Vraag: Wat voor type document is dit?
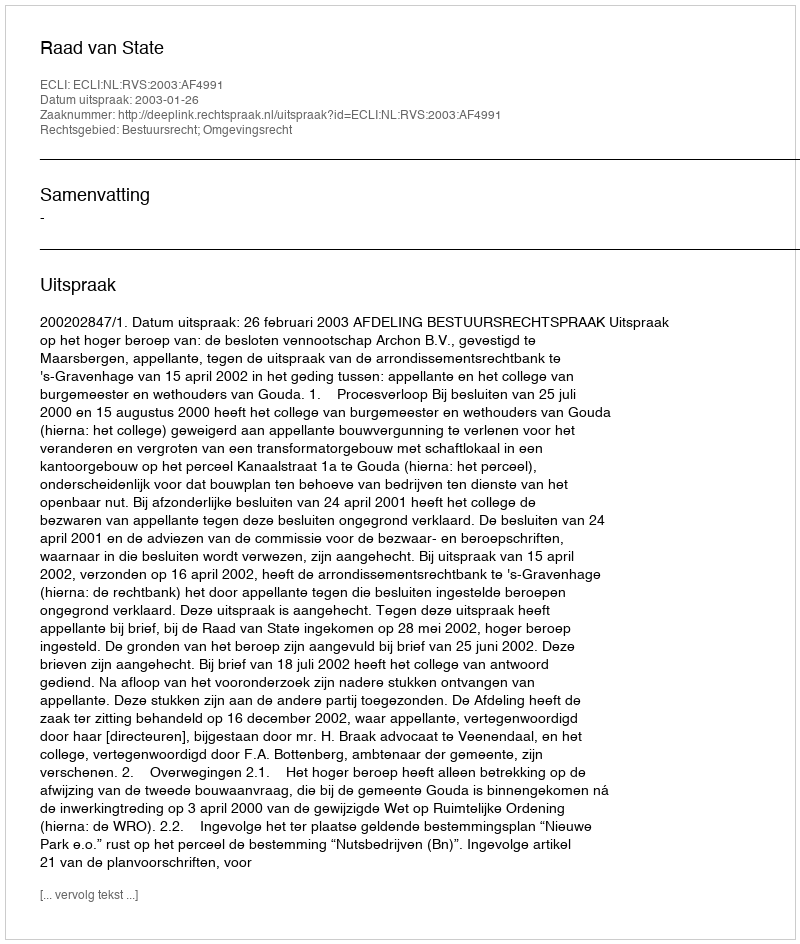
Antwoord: Uitspraak